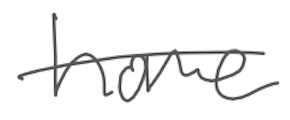
Text: home
Cross-out: single-line
Writing tool: digital_gray